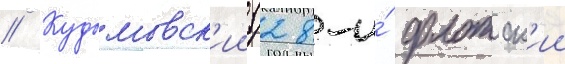
// Кудымовск'ии (28-и́ флотск'ии